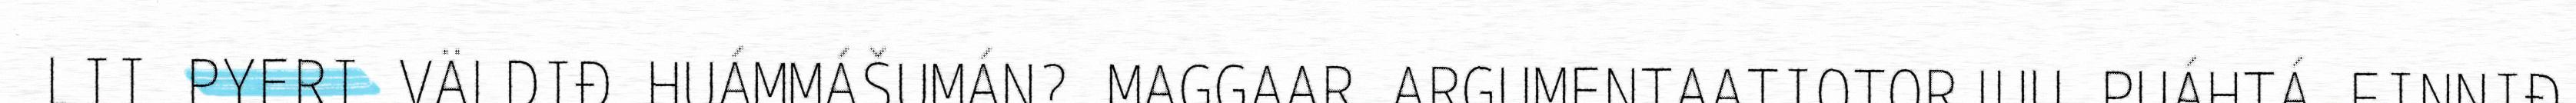
LII PYERI VÄLDIĐ HUÁMMÁŠUMÁN? MAGGAAR ARGUMENTAATIOTORJUU PUÁHTÁ FINNIĐ